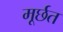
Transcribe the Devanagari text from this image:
मूर्छत